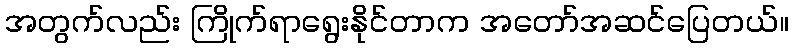
အတွက်လည်း ကြိုက်ရာရွေးနိုင်တာက အတော်အဆင်ပြေတယ်။